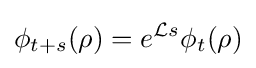
\phi _{t+s}(\rho )=e^{{\mathcal {L}}s}\phi _{t}(\rho )